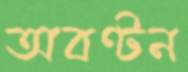
অবণ্টন